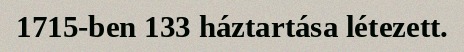
1715-ben 133 háztartása létezett.